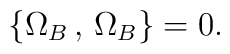
\{ \Omega_B\,,\,\Omega_B \} = 0 .